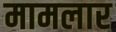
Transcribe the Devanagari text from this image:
मामलार